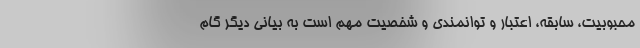
محبوبیت، سابقه، اعتبار و توانمندی و شخصیت مهم است به بیانی دیگر گام